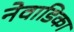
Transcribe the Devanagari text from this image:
नेवाडिका